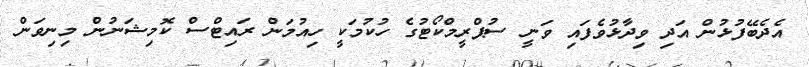
އެދެބޭފުޅުން އަދި ވިދާޅުވެފައި ވަނީ ސުޕްރީމްކޯޓުގެ ހުކުމަކީ ހިއުމަން ރައިޓްސް ކޮމިޝަނުން މިނިވަން